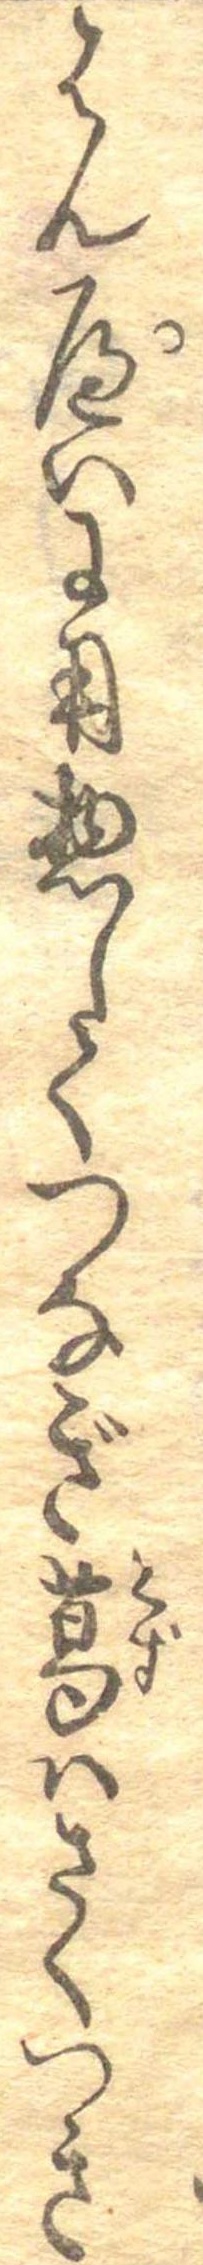
はんぺいに用惣してつなぎ葛はさくつき